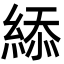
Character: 䋬